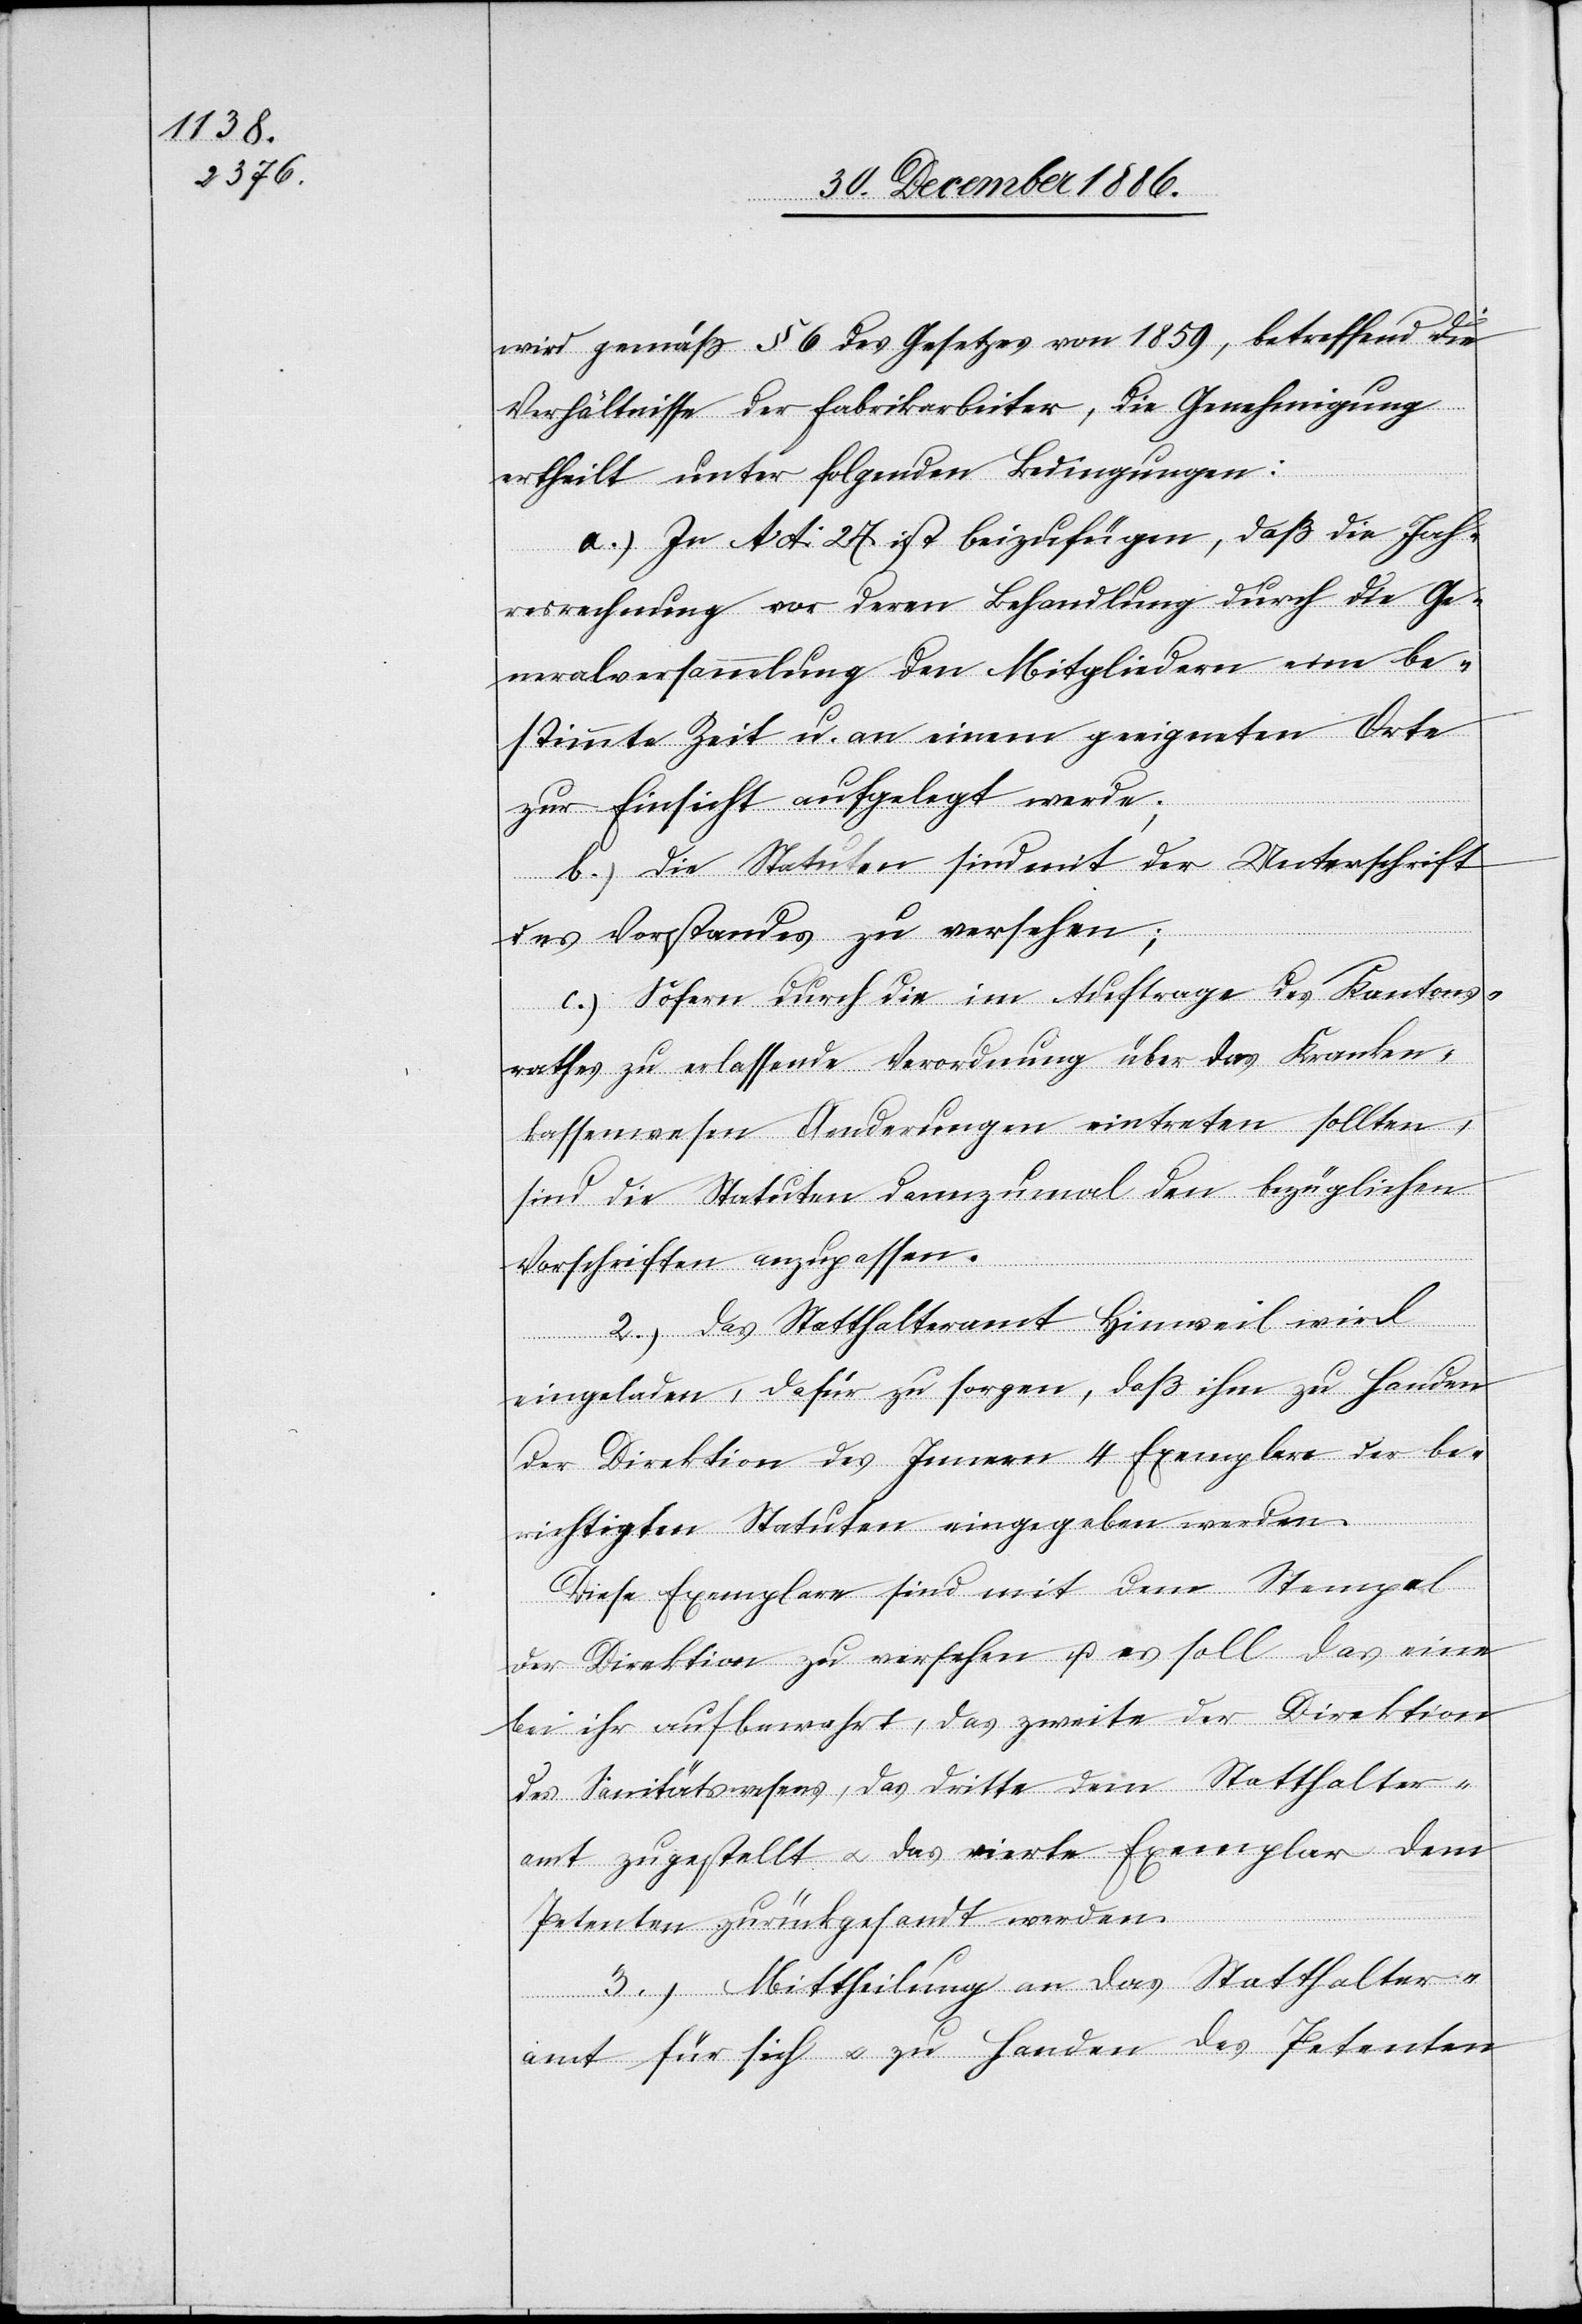
wird gemäß § 6 des Gesetzes von 1859, betreffend die
Verhältnisse der Fabrikarbeiter, die Genehmigung
ertheilt unter folgenden Bedingungen:
a.) Zu Act: 27 ist beizufügen, daß die Jah¬
resrechnung vor deren Behandlung durch die Ge¬
neralversammlung den Mitgliedern eine be¬
stimmte Zeit u. an einem geeigneten Orte
zur Einsicht aufgelegt werde;
b.) Die Statuten sind mit der Unterschrift
des Vorstandes zu versehen;
c.) Sofern durch die im Auftrage des Kantons¬
rathes zu erlassende Verordnung über das Kranken¬
kassenwesen Aenderungen eintreten sollten,
sind die Statuten dannzumal den bezüglichen
Vorschriften anzupassen.
2.) Das Statthalteramt Hinweil wird
eingeladen, dafür zu sorgen, daß ihm zu Handen
der Direktion des Innern 4 Exemplare der be¬
richtigten Statuten eingegeben werden.
Diese Exemplare sind mit dem Stempel
der Direktion zu versehen u. es soll das eine
bei ihr aufbewahrt, das zweite der Direktion
des Sanitätswesens, das Dritte dem Statthalter¬
amt zugestellt & das vierte Exemplar dem
Petenten zurückgesandt werden.
3.) Mittheilung an das Statthalter¬
amt für sich & zu Handen des Petenten